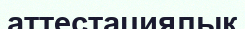
аттестациялық